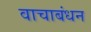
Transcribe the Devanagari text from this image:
वाचाबंधन